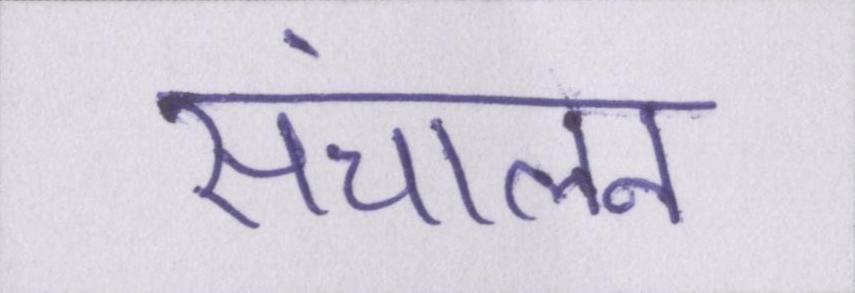
संचालन